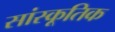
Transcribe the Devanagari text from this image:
सांस्कूतिक